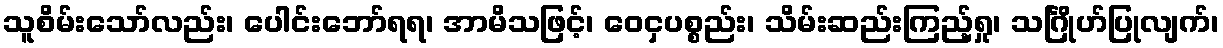
သူစိမ်းသော်လည်း၊ ပေါင်းဘော်ရရ၊ အာမိသဖြင့်၊ ဝေငှပစ္စည်း၊ သိမ်းဆည်းကြည့်ရှု၊ သင်္ဂြိုဟ်ပြုလျက်၊